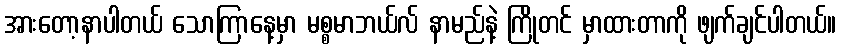
အားတော့နာပါတယ် သောကြာနေ့မှာ မစ္စမာဘယ်လ် နာမည်နဲ့ ကြိုတင် မှာထားတာကို ဖျက်ချင်ပါတယ်။